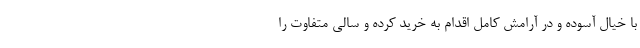
با خیال آسوده و در آرامش کامل اقدام به خرید کرده و سالی متفاوت را